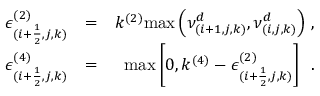
\begin{array} { r l r } { \epsilon _ { ( i + \frac { 1 } { 2 } , j , k ) } ^ { ( 2 ) } } & { = } & { k ^ { ( 2 ) } \mathrm { m a x } \left( \nu _ { ( i + 1 , j , k ) } ^ { d } , \nu _ { ( i , j , k ) } ^ { d } \right) \, \mathrm { , } } \\ { \epsilon _ { ( i + \frac { 1 } { 2 } , j , k ) } ^ { ( 4 ) } } & { = } & { \mathrm { m a x } \left[ 0 , k ^ { ( 4 ) } - \epsilon _ { ( i + \frac { 1 } { 2 } , j , k ) } ^ { ( 2 ) } \right] \, \mathrm { ~ . } } \end{array}